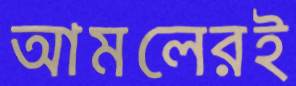
আমলেরই